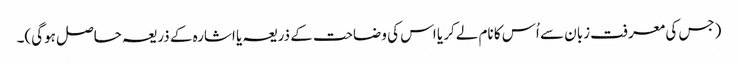
(جس کی معرفت زبان سے اُس کا نام لےکر یا اس کی وضاحت کے ذریعہ یا اشارہ کے ذریعہ حاصل ہوگی)۔